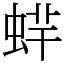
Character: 䖹